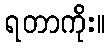
ရတာကိုး။